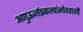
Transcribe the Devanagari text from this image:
अणुऊर्जाप्रकल्पांभोवताली